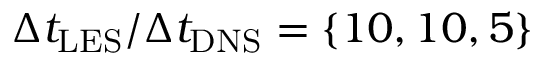
\Delta { t _ { \mathrm { { L E S } } } } / \Delta { t _ { \mathrm { { D N S } } } } = \left\{ { 1 0 , 1 0 , 5 } \right\}